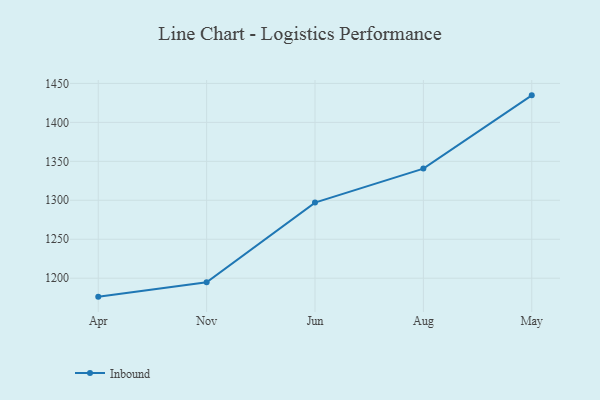
{"axis": {"x": "Month", "y": "Humidity (%)"}, "legend": ["Inbound"], "data": [{"x": "Apr", "y": 1176.3, "type": "Inbound"}, {"x": "Nov", "y": 1194.8, "type": "Inbound"}, {"x": "Jun", "y": 1297.0, "type": "Inbound"}, {"x": "Aug", "y": 1340.7, "type": "Inbound"}, {"x": "May", "y": 1434.7, "type": "Inbound"}]}